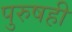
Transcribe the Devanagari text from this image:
पुरुषही